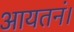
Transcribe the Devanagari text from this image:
आयतनं।